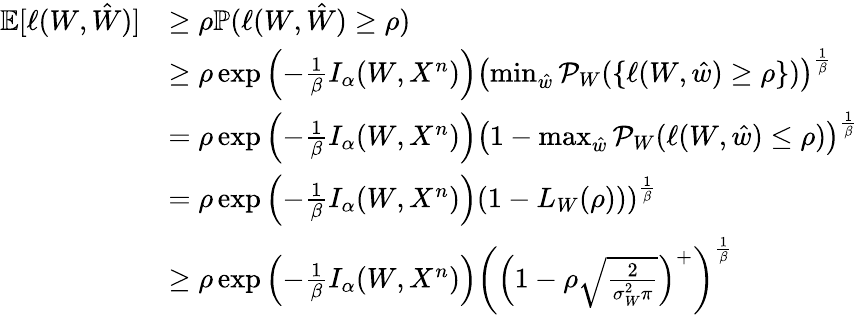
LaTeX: \begin{array}{rl}{\mathbb{E}[\ell(W,\hat{W})]}&{\geq\rho\mathbb{P}(\ell(W,\hat{W})\geq\rho)}\\ &{\geq\rho\exp\left(-\frac 1\beta I_{\alpha}(W,X^{n})\right)\left(\operatorname*{min}_{\hat{w}}\mathcal{P}_{W}(\{ \ell(W,\hat{w})\geq\rho\} )\right)^{\frac 1\beta}}\\ &{=\rho\exp\left(-\frac 1\beta I_{\alpha}(W,X^{n})\right)\left(1-\operatorname*{max}_{\hat{w}}\mathcal{P}_{W}(\ell(W,\hat{w})\leq\rho)\right)^{\frac 1\beta}}\\ &{=\rho\exp\left(-\frac 1\beta I_{\alpha}(W,X^{n})\right)\left(1-L_{W}(\rho))\right)^{\frac 1\beta}}\\ &{\geq\rho\exp\left(-\frac 1\beta I_{\alpha}(W,X^{n})\right)\left(\left(1-\rho\sqrt\frac{2}{\sigma_{W}^{2}\pi}\right)^{+}\right)^{\frac 1\beta}}\end{array}